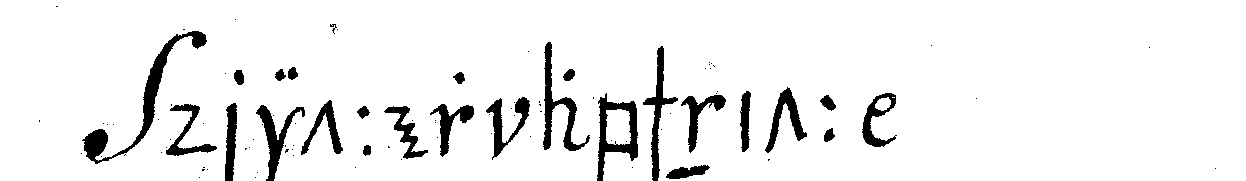
dritter abschnitt